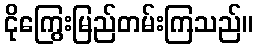
ငိုကြွေးမြည်တမ်းကြသည်။